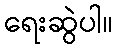
ရေးဆွဲပါ။